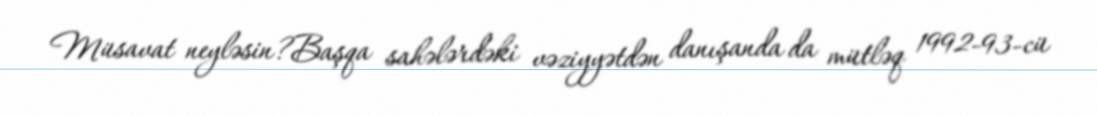
Müsavat neyləsin?Başqa sahələrdəki vəziyyətdən danışanda da mütləq 1992-93-cü